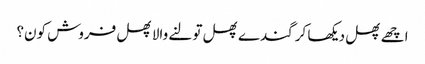
اچھے پھل دیکھا کر گندے پھل تولنے والا پھل فروش کون؟